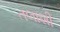
તલાશી